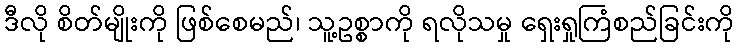
ဒီလို စိတ်မျိုးကို ဖြစ်စေမည်၊ သူ့ဥစ္စာကို ရလိုသမှု ရှေးရှုကြံစည်ခြင်းကို